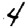
Digit: 4